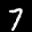
Label: 7